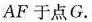
AF于点G.